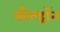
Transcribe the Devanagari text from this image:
कौल्ड्रॉन